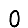
Digit: 0